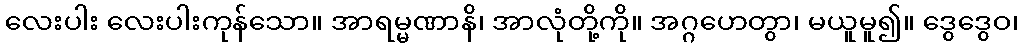
လေးပါး လေးပါးကုန်သော။ အာရမ္မဏာနိ၊ အာလုံတို့ကို။ အဂ္ဂဟေတွာ၊ မယူမူ၍။ ဒွေဒွေဝ၊